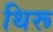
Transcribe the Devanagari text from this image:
थिरू